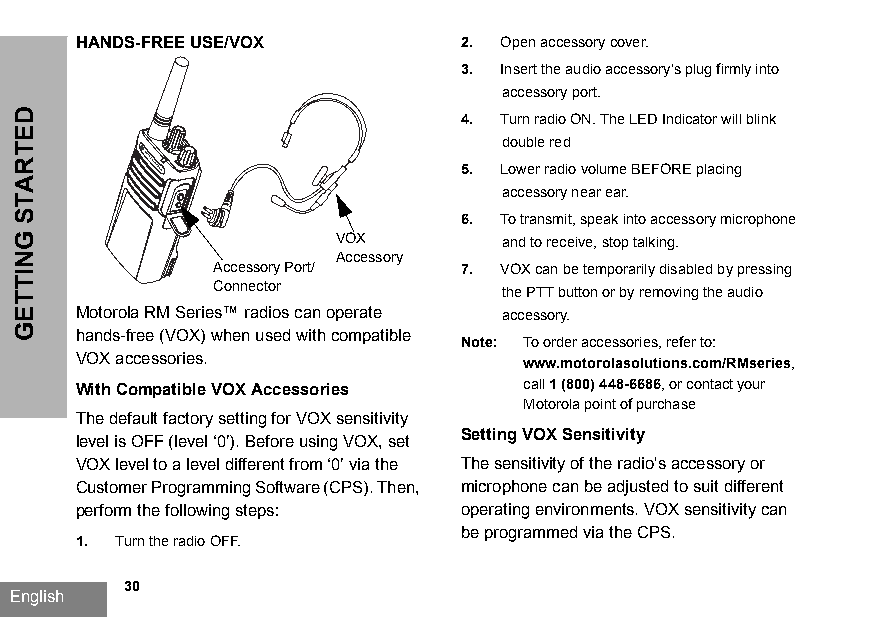
HANDS-FREE USE/VOX        2. Open accessory cover.
 3. Insert the audio accessory’s plug firmly into
 accessory port.
 4. Turn radio ON. The LED Indicator will blink
 double red
 5. Lower radio volume BEFORE placing
 accessory near ear.
 6. To transmit, speak into accessory microphone
 VOX        and to receive, stop talking.
 Accessory
 Accessory Port/  7. VOX can be temporarily disabled by pressing
 Connector           the PTT button or by removing the audio
 Motorola RM Series™ radios can operate accessory.
 hands-free (VOX) when used with compatible
 Note: To order accessories, refer to:
 VOX accessories.              www.motorolasolutions.com/RMseries,
 With Compatible VOX Accessories call 1 (800) 448-6686, or contact your
 Motorola point of purchase
 The default factory setting for VOX sensitivity
 Setting VOX Sensitivity
 level is OFF (level ‘0’). Before using VOX, set
 VOX level to a level different from ‘0’ via the The sensitivity of the radio's accessory or
 Customer Programming Software (CPS). Then, microphone can be adjusted to suit different
 perform the following steps: operating environments. VOX sensitivity can
 be programmed via the CPS.
 1. Turn the radio OFF.
 30
 English
 DETRATS
 GNITTEG